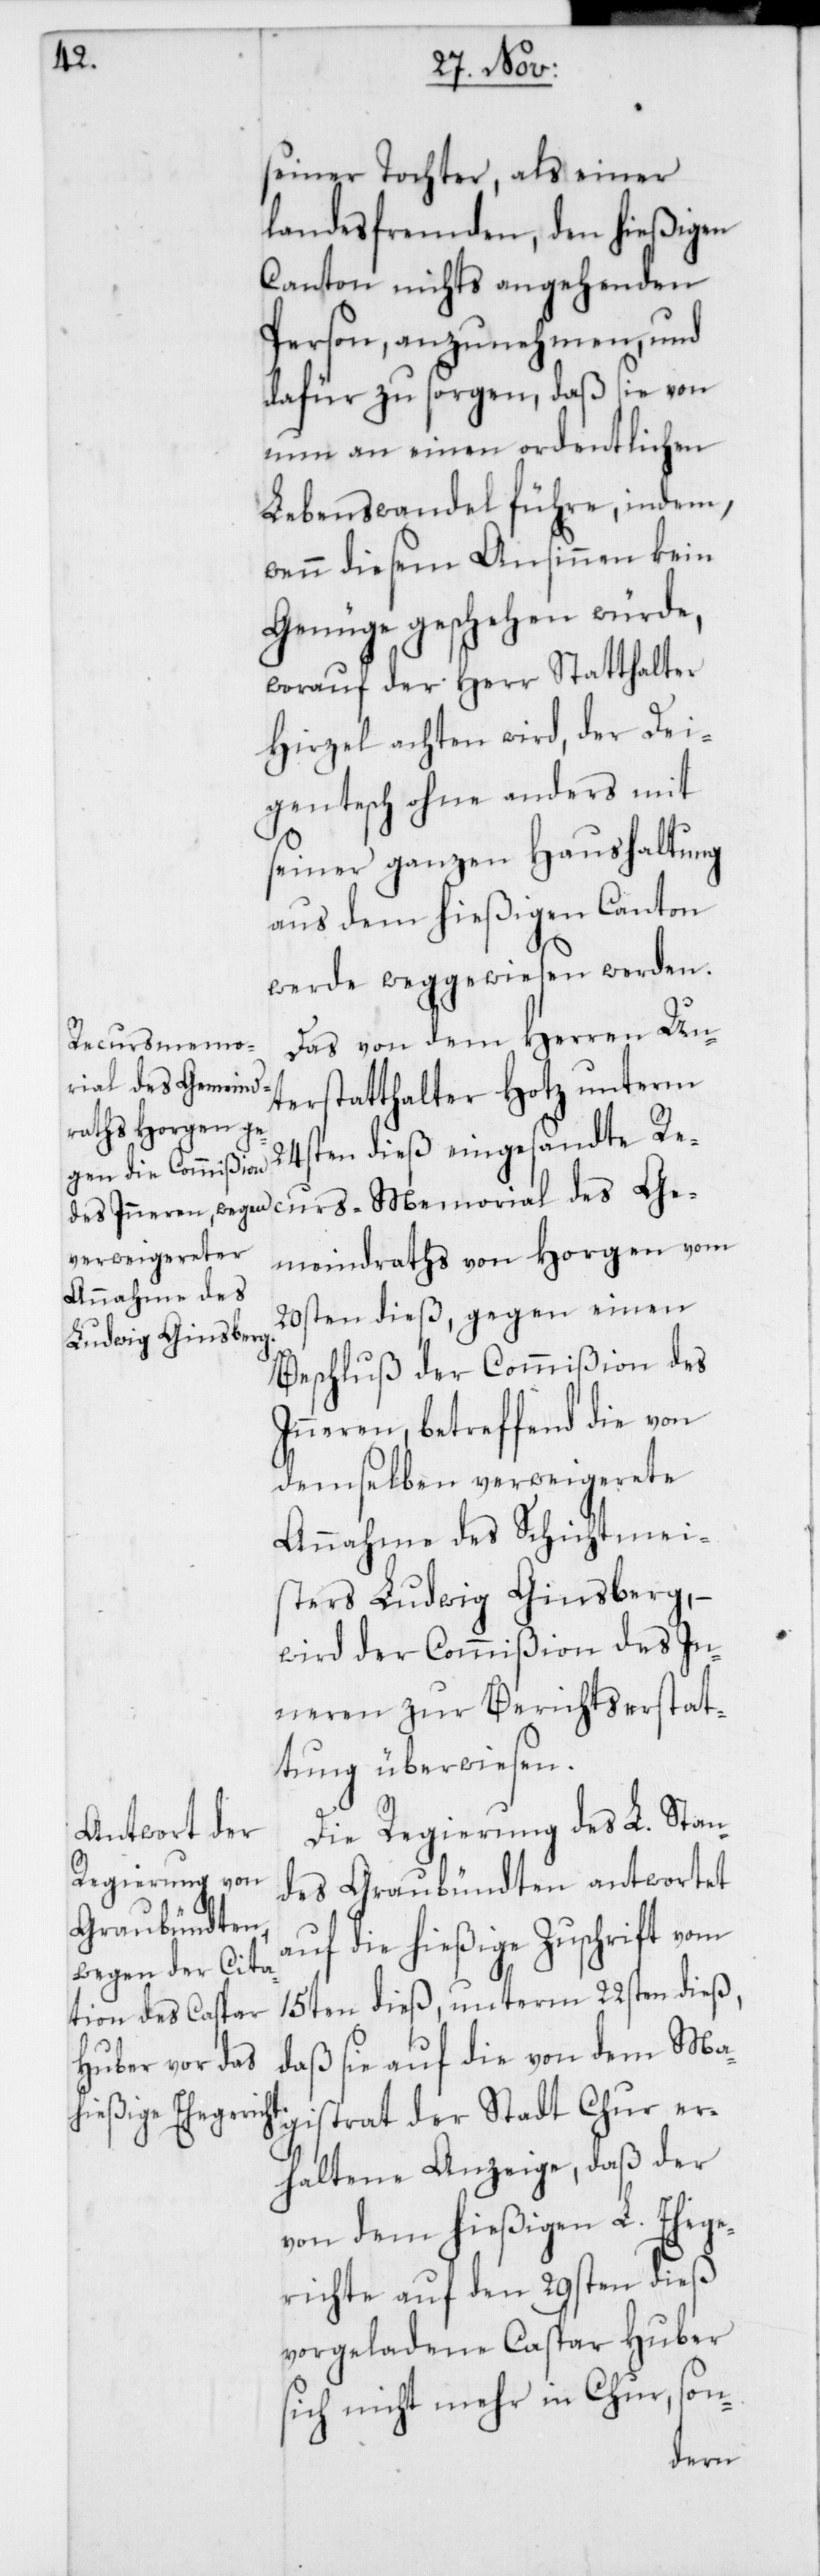
seiner Tochter, als einer
landesfremden, den hießigen
Canton nichts angehenden
Person, anzunehmen, und
dafür zu sorgen, daß sie von
nun an einen ordentlichen
Lebenswandel führe, indem,
wenn diesem Ansinnen kein
Genüge geschehen würde,
worauf der Herr Statthalter
Hirzel achten wird, der Dei¬
gentesch ohne anders mit
seiner ganzen Haushaltung
aus dem hießigen Canton
werde weggewiesen werden.
Das von dem Herren Un¬
ecurs-Memo¬
rial des Ge¬
terstatthalter Hotz unterm
24sten dieß eingesandte R¬
meindraths von Horgen vom
20sten dieß, gegen einen
Beschluß der Commißion des
Inneren, betreffend die von
demselben verweigerete
Annahme des Schichtmei¬
sters Ludwig Ginsberg, –
wird der Commißion des In¬
neren zur Berichtserstat¬
tung überwiesen.
Die Regierung des L. Stan¬
gistrat der
des Graubündten antwortet
auf die hießige Zuschrift vom
15ten dieß, unterm 22sten dieß,
daß sie auf die von dem Ma¬
erhaltene Anzeige, daß der
von dem hießigen L. Ehege¬
richte auf den 29sten dieß
vorgeladene Caspar Huber
sich nicht mehr in Chur, son-